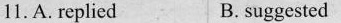
11.A. replied B. suggested